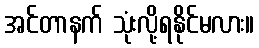
အင်တာနက် သုံးလို့ရနိုင်မလား။